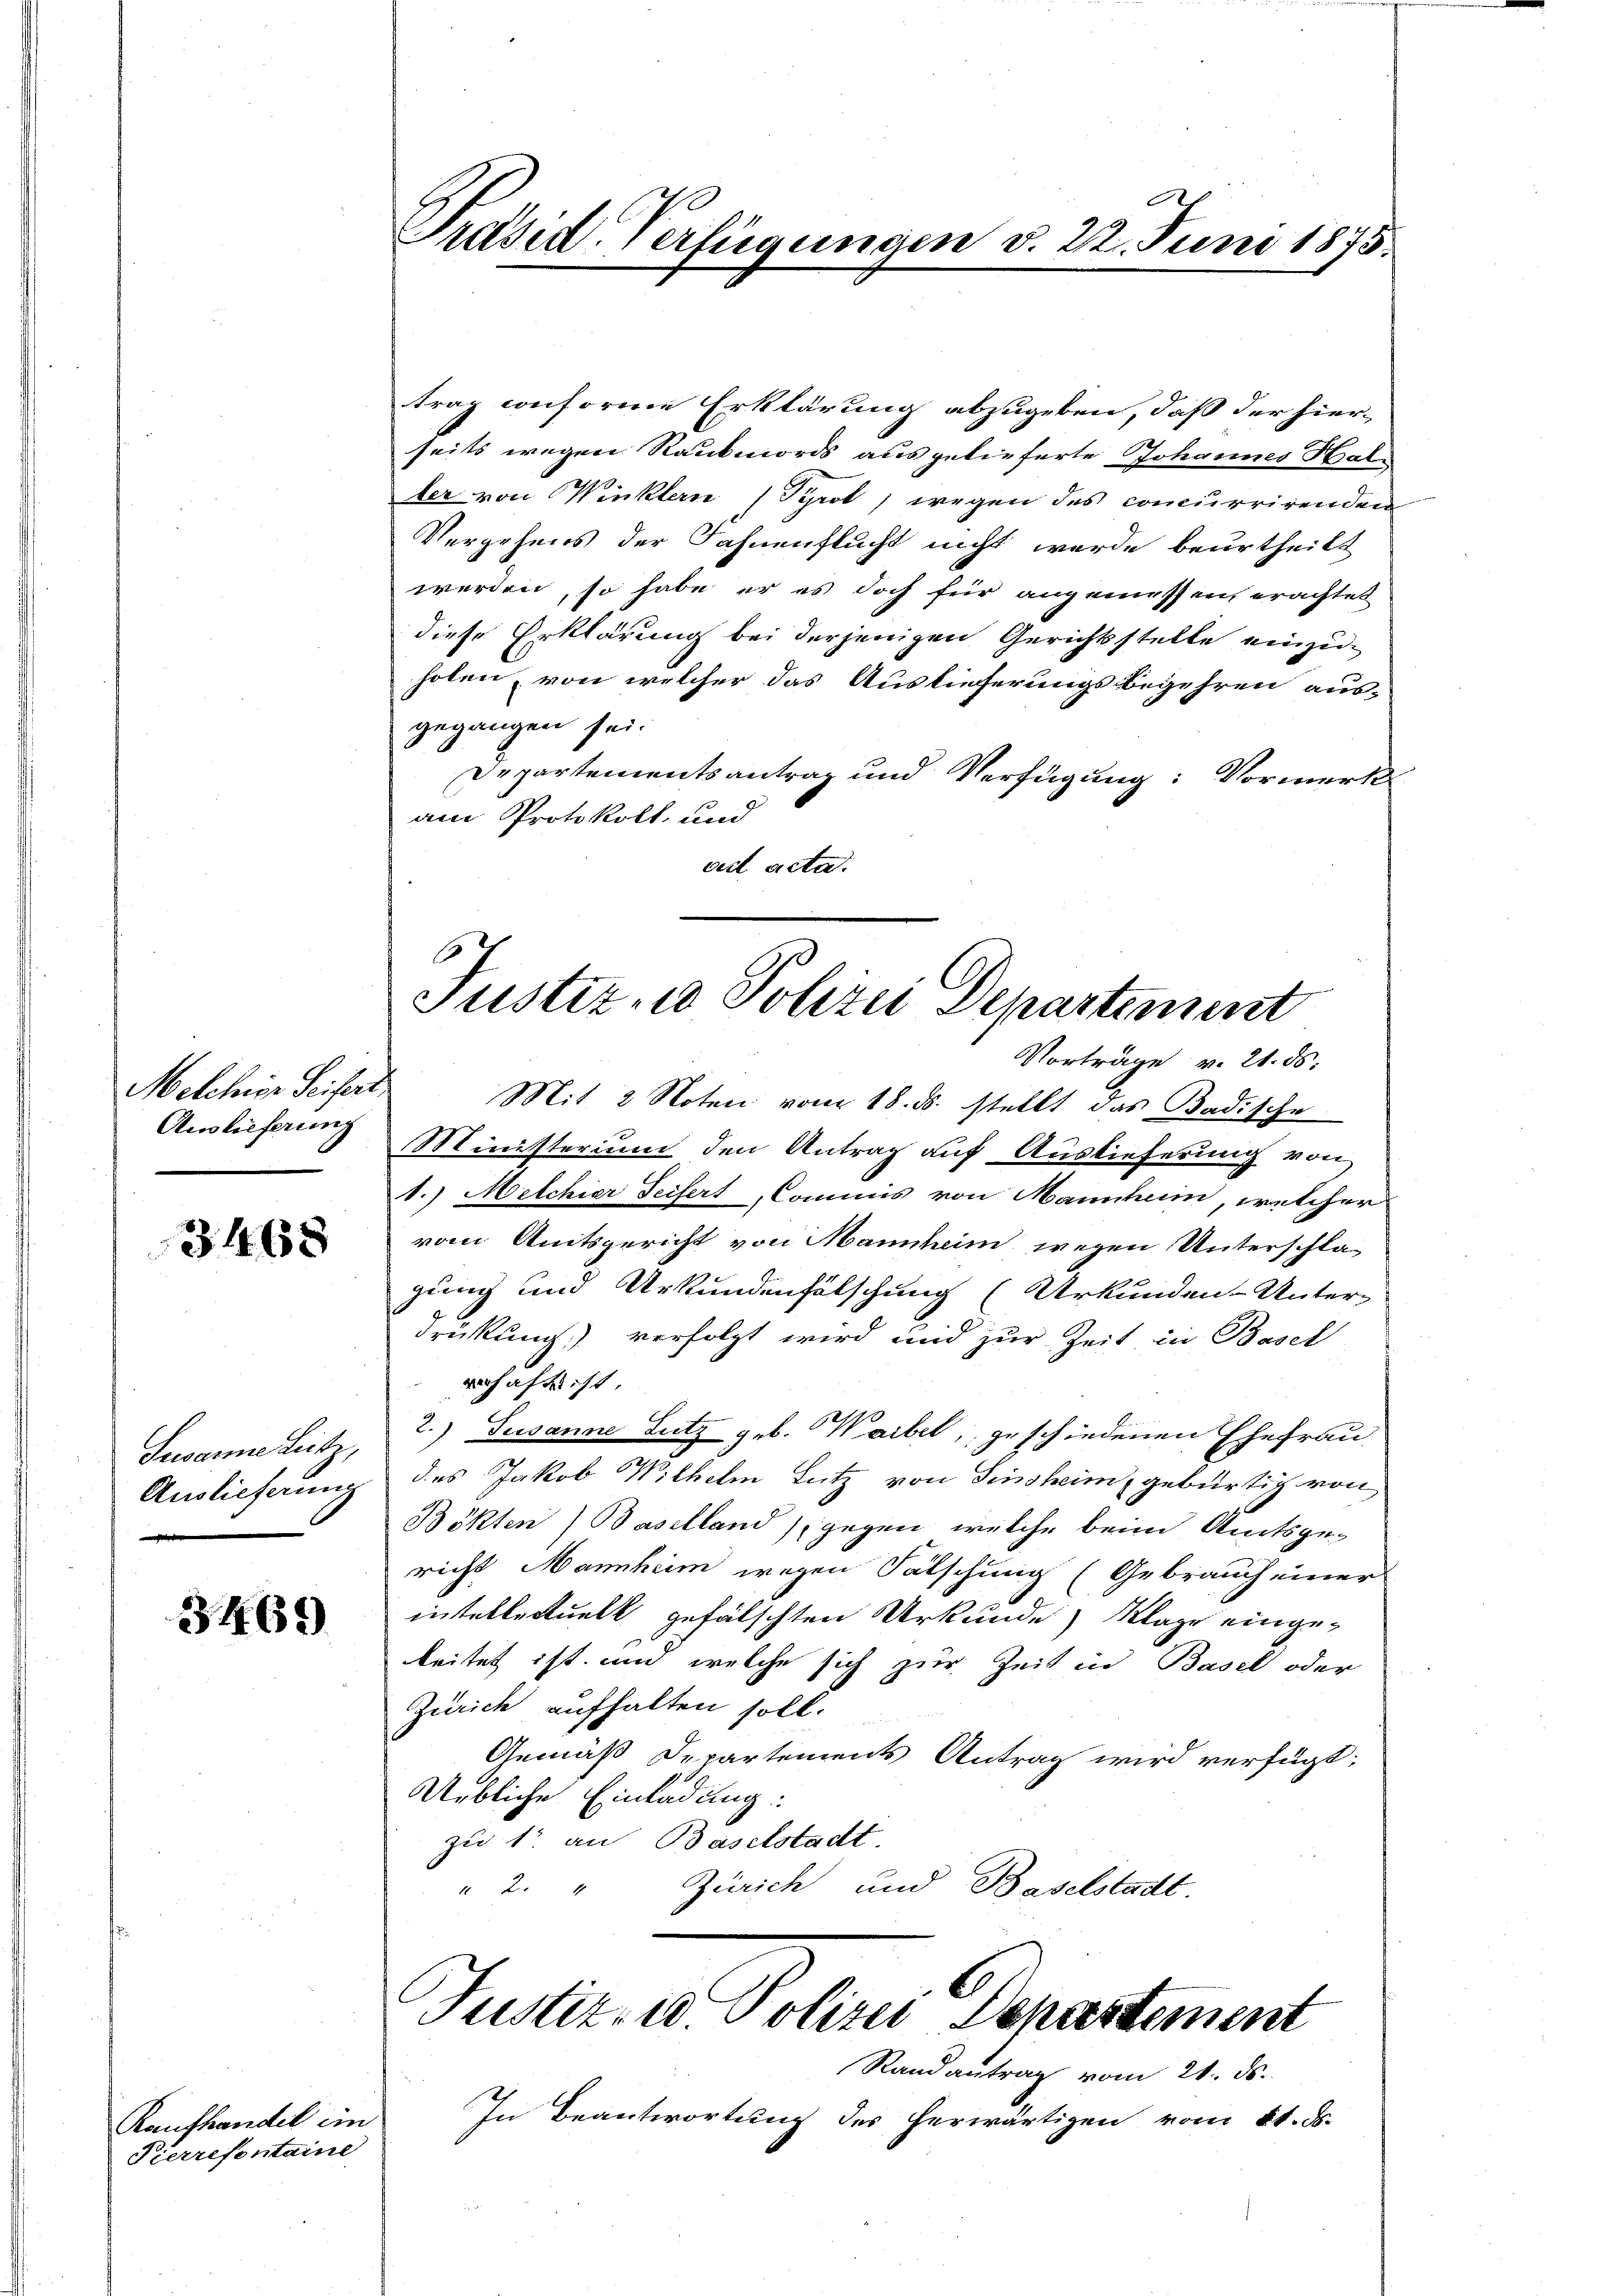
Melchior Seifert
Auslieferung

3468

3469

Raufhandel ein
Pierrefontaine

Präsid-Verfügungen v. 22. Juni 1875.

trag conforme Erklärung abzugeben, daß der hierseits wegen Raubmords ausgelieferte Johannes Hale
ler von Winklern (Syrol, wegen des concurrirenden
Vergehens der Fahnenflucht nicht werde beurtheilt
werden, so habe er es doch für angemessen erachtet
diese Erklärung bei derjenigen Gerichtsstelle einzuholen, von welcher das Auslieferungsbegehren aus-
gegangen sei.
Departementsantrag und Verfügung: Vormerk
am Protokoll und
ad acta.
Ministerium den Antrag auf Auslieferung von
1.) Melchier Seifert Commis von Mannheim, welcher
vom Amtsgericht von Mannheim wegen Unterschlagung und Urkundenfälschung (Urkunden Unter-
drückung) verfolgt wird und zur Zeit in Basel
verhaft ist
Susanne Leitz, 2) Susanne Lutz geb. Waibel, geschiedenen Ehefrau
Auslieferung des Jakob Wilhelm Lutz von Sinsheim, gebürtig von
Bökten) Baselland), gegen welche beim Amtsge-
richt Mannheim wegen Fälschung (Gebrauch einer
intellectuell gefälschten Urkunde Klage eingebeitet ist, und welche sich zur Zeit in Basel oder
Zürich aufhalten soll.
Gemäß Departements Antrag wird verfügt:
Uebliche Einladung:
zu 1. an Baselstadt.
Zürich und Baselstadt.
 2. 4

67
Justiz und Polizei Departement
Vorträge v. 21. ds.
Mit 2 Noten vom 18. ds. stellt das Badische

Justiz- u. Polizei Departement

Randantrag vom 21. ds.
In Beantwortung des herwärtigen vom 21. ds.